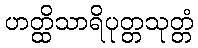
ဟတ္ထိသာရိပုတ္တသုတ္တံ